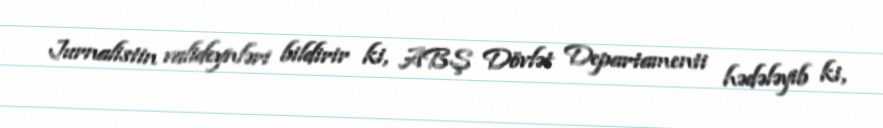
Jurnalistin valideynləri bildirir ki, ABŞ Dövlət Departamenti hədələyib ki,